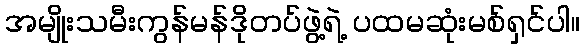
အမျိုးသမီးကွန်မန်ဒိုတပ်ဖွဲ့ရဲ့ ပထမဆုံးမစ်ရှင်ပါ။